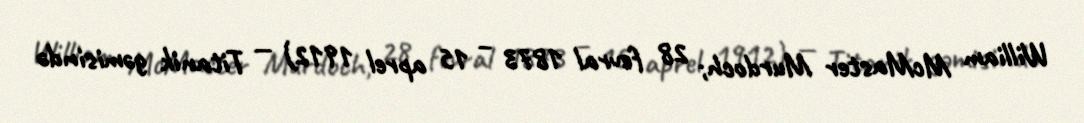
William McMaster Murdoch; 28 fevral 1873 – 15 aprel 1912) — Titanik gəmisində